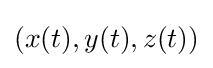
(x(t),y(t),z(t))